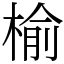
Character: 榆